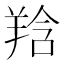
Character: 𦎌